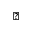
\blacktriangledown